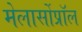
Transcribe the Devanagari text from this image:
मेलार्सोप्रॉल